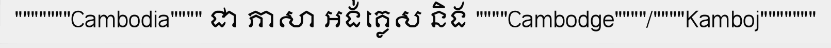
"""""""Cambodia"""" ជា ភាសា អង់គ្លេស និង """"Cambodge""""/""""Kamboj"""""""